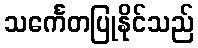
သင်္ကေတပြုနိုင်သည်